Civil Veterinary Department. United Provinces 1912-22 - 1912-1922
Year: 1912
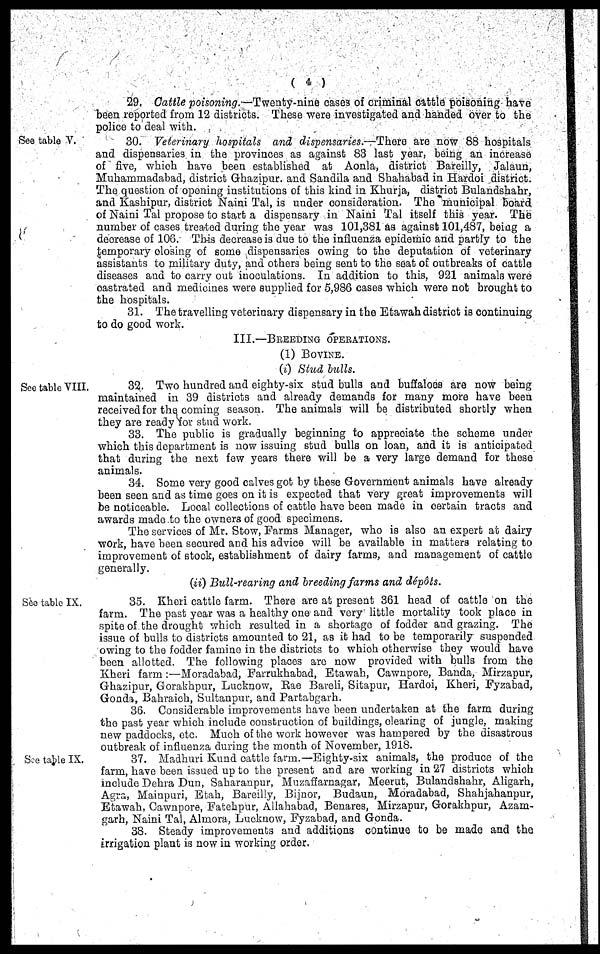
(4)
29, Cattle poisoning.—Twenty-nine cases of criminal cattle poisoning have
been reported from 12 districts. These were investigated and handed over to the
police to deal with.
See table V.
30. Veterinary hospitals and dispensaries.—There are now 88 hospitals
and dispensaries in the provinces as against 83 last year, being an increase
of five, which have been established at Aonla, district Bareilly, Jalaun,
Muhammadabad, district Ghazipur. and Sandila and Shahabad in Hardoi district.
The question of opening institutions of this kind in Khurja, district Bulandshahr,
and Kashipur, district Naini Tal, is under consideration. The municipal board
of Naini Tal propose to start a dispensary in Naini Tal itself this year. The
number of cases treated during the year was 101,381 as against 101,487, being a
decrease of 10G. This decrease is due to the influenza epidemic and partly to the
temporary closing of some dispensaries owing to the deputation of veterinary
assistants to military duty, and others being sent to the seat of outbreaks of cattle
diseases and to carry out inoculations. In addition to this, 921 animals were
castrated and medicines were supplied for 5,986 cases which were not brought to
the hospitals.
31. The travelling veterinary dispensary in the Etawah district is continuing
to do good work.
III.—Breeding operations.
(1) Bovine.
(i) Stud bulls.
See table VIII.
32. Two hundred and eighty-six stud bulls and buffaloes are now being
maintained in 39 districts and already demands for many more have been
received for the coming season. The animals will bo distributed shortly when
they are ready for stud work.
33. The public is gradually beginning to appreciate the scheme under
which this department is now issuing stud bulls on loan, and it is anticipated
that during the next few years there will bo a very large demand for those
animals.
34. Some very good calves got by these Government animals have already
been seen and as time goes on it is expected that very great improvements will
be noticeable. Local collections of cattle have been made in certain tracts and
awards made to the owners of good specimens.
The cervices of Mr. Stow, Farms Manager, who is also an expert at dairy
work, have been socured and his advice will bo available in matters relating to
improvement of stock, establishment of dairy farms, and management of cattle
generally.
(ii) Bull-reaving and breeding farms and dépôts.
See table IX.
35. Kheri cattle farm. There are at present 361 head of cattle on the
farm. The past year was a healthy one and very little mortality took place in
spite of the drought which resulted in a shortage of fodder and grazing. The
issue of bulls to districts amounted to 21, as it had to be temporarily suspended
owing to the fodder famine in the districts to which otherwise they would have
been allotted. The following places are now provided with bulls from the
Kheri farm:—Moradabad, Farrukhabad, Etawah, Cawnpore, Banda, Mirzapur,
Ghazipur, Gorakhpur, Lucknow, Rae Bareli, Sitapur, Hardoi, Kheri, Fyzabad,
Gondii, Bahraich, Sultanpur, and Partabgarh.
36. Considerable improvements have been undertaken at the farm during
the past year which include construction of buildings, clearing of jungle, making
new paddocks, etc. Much of the work however was hampered by the disastrous
outbreak of influenza during the month of November, 1918.
See table IX.
37. Madhuri Kund cattle farm.—Eighty-six animals, the produce of the
farm, have been issued up to the present and are working in 27 districts which
include Dohra Dun, Sabaranpur, Muzaffarnagar, Meerut, Bulandshahr, Aligarh,
Agra, Mainpuri, Etah, Bareilly, Bijnor, Budaun, Moradabad, Shahjahanpur,
Etawah, Cawnpore, Fatchpur, Allahabad, Benares, Mirzapur, Gorakhpur, Azam-
garh, Naini Tal, Almora, Lucknow, Fyzabad, and Gonda.
38. Steady improvements and additions continue to be made and the
irrigation plant is now in working order.